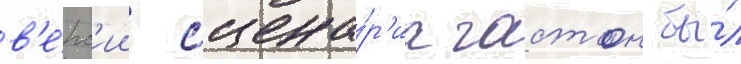
в'е́рс'ии сцена́р'иа гастон бы́л